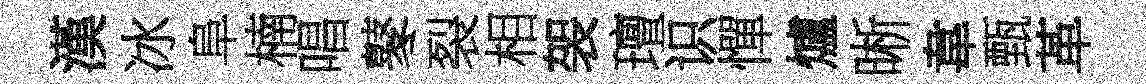
漢冰阜楠唱鼕裂相袈璮识憚爐晰韋甄革